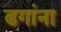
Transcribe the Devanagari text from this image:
ढगांना